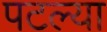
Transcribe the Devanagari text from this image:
पटल्या